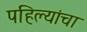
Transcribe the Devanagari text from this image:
पहिल्यांचा